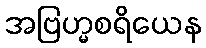
အဗြဟ္မစရိယေန